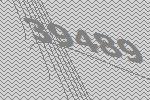
39489